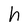
Character: h